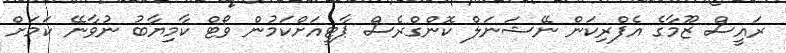
ރައީސް ޒޫމާގެ އެފްރިކަން ނޭޝަނަލް ކޮންގްރެސް ޕާޓީއަށްކަމުން ވޯޓް ކާމިޔާބު ނުވާނޭ ކަމަށް